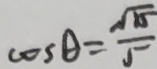
\cos \theta = \frac { \sqrt { 5 } } { 5 }